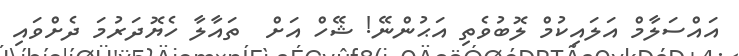
އައްސަލާމް އަލައިކުމް ލޮބުވެތި އަޙުންނޭ! ޝޭހް އަށް  ތައާލާ ހެޔޮދަރުމަ ދެށްވައި